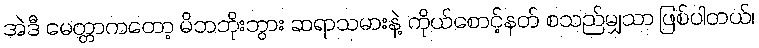
အဲဒီ မေတ္တာကတော့ မိဘဘိုးဘွား ဆရာသမားနဲ့ ကိုယ်စောင့်နတ် စသည်မျှသာ ဖြစ်ပါတယ်၊